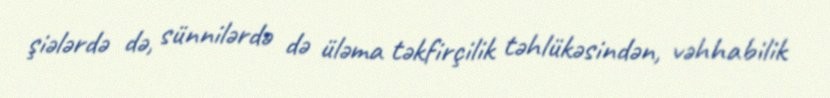
şiələrdə də, sünnilərdə də üləma təkfirçilik təhlükəsindən, vəhhabilik